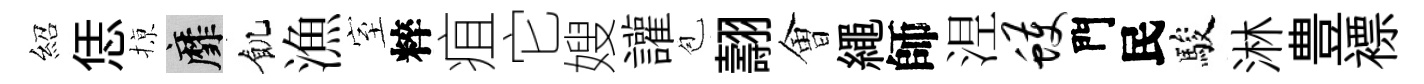
紹恁𢱊靡飢漁室粹疽它嫂讙苞翿㑹繩師𣵀蠖門民駿淋豊褾